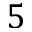
5